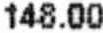
148.00